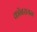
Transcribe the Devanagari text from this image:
कॉबरायन